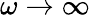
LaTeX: \omega\to\infty